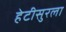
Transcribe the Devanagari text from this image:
हेटीसुरला